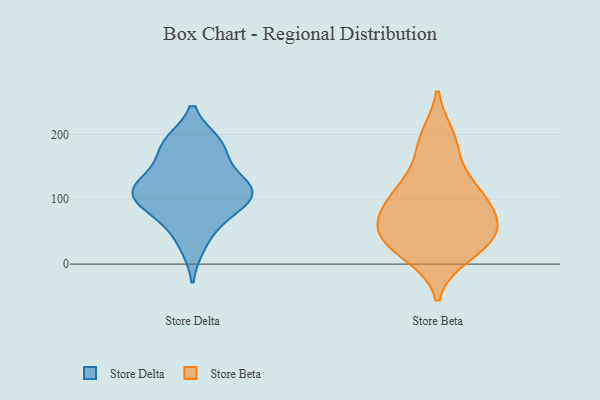
{"axis": {"x": "Gross Profit (USD K)", "y": "Value"}, "legend": ["Store Beta", "Store Delta"], "data": [{"x": "", "y": 184, "type": "Store Delta"}, {"x": "", "y": 95, "type": "Store Delta"}, {"x": "", "y": 124, "type": "Store Delta"}, {"x": "", "y": 61, "type": "Store Delta"}, {"x": "", "y": 28, "type": "Store Delta"}, {"x": "", "y": 81, "type": "Store Delta"}, {"x": "", "y": 115, "type": "Store Delta"}, {"x": "", "y": 124, "type": "Store Delta"}, {"x": "", "y": 115, "type": "Store Delta"}, {"x": "", "y": 97, "type": "Store Delta"}, {"x": "", "y": 187, "type": "Store Delta"}, {"x": "", "y": 111, "type": "Store Delta"}, {"x": "", "y": 186, "type": "Store Delta"}, {"x": "", "y": 156, "type": "Store Delta"}, {"x": "", "y": 107, "type": "Store Beta"}, {"x": "", "y": 182, "type": "Store Beta"}, {"x": "", "y": 114, "type": "Store Beta"}, {"x": "", "y": 62, "type": "Store Beta"}, {"x": "", "y": 15, "type": "Store Beta"}, {"x": "", "y": 195, "type": "Store Beta"}, {"x": "", "y": 87, "type": "Store Beta"}, {"x": "", "y": 30, "type": "Store Beta"}, {"x": "", "y": 55, "type": "Store Beta"}, {"x": "", "y": 124, "type": "Store Beta"}, {"x": "", "y": 32, "type": "Store Beta"}, {"x": "", "y": 44, "type": "Store Beta"}, {"x": "", "y": 72, "type": "Store Beta"}]}